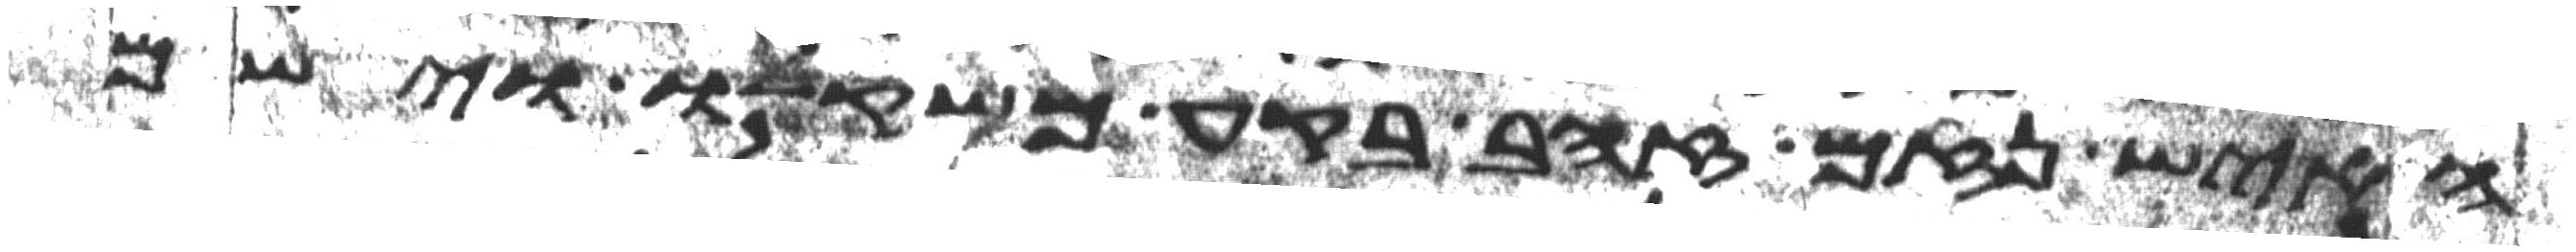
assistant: האיש נזם זהב בקע משקלו וישם